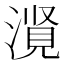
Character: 𪷃